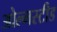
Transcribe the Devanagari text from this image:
ओल्मस्टीड